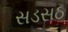
સડસઠ